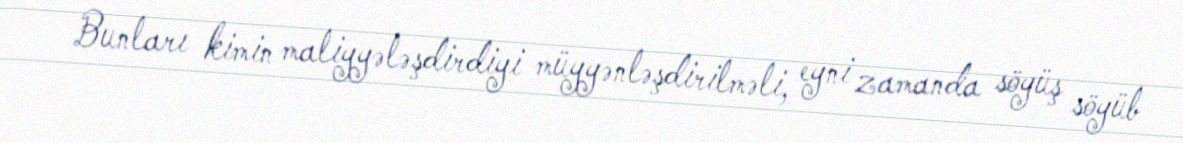
Bunları kimin maliyyələşdirdiyi müyyənləşdirilməli, eyni zamanda söyüş söyüb